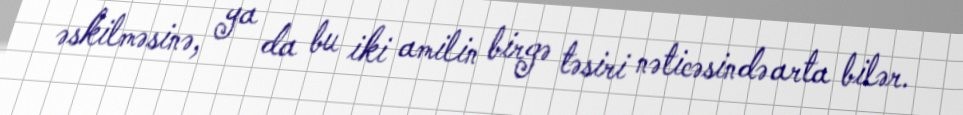
əskilməsinə, ya da bu iki amilin birgə təsiri nəticəsində arta bilər.